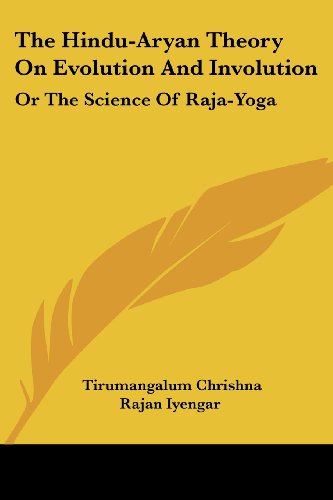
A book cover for The Hindu-Aryan Theory On Evolution And Involution: Or The Science Of Raja-Yoga; Tirumangalum Chrishna Rajan Iyengar; Religion & Spirituality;